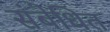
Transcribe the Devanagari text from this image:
संबेधित